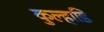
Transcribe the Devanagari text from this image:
कुल्हाडि